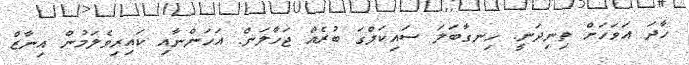
ހާދަ އަވަހަށް ތިނިދަނީ. ހިނގާބަލަ ސައިކަލްގަ ބުރެއް ޖަހާލަން. އަހަންނާއި ކައިރިވެލަމުން އިނާޒް